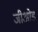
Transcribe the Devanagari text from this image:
जीओड